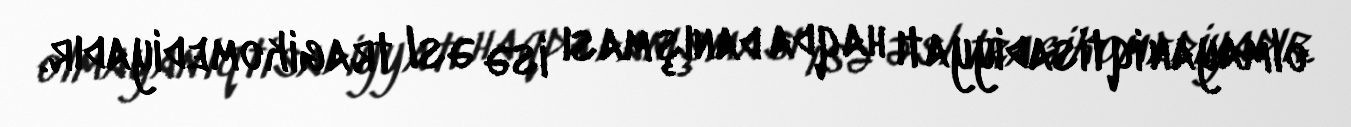
olmayan iqtisadiyyatı haqda danışması isə əsl tragikomediyadır.